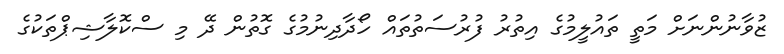
ޒުވާނުންނަށް މަތީ ތައުލީމުގެ އިތުރު ފުރުސަތުތައް ހޯދާދިނުމުގެ ގޮތުން ދޭ މި ސްކޮލާޝިޕްތަކުގެ